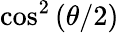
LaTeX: \cos^{2}\left(\theta/2\right)